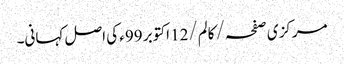
مرکزی صفحہ/ کالم/12 اکتوبر 99ء کی اصل کہانی۔